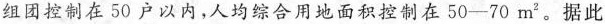
组团控制在50户以内，人均综合用地面积控制在50-70m”。据此